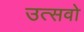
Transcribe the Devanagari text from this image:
उत्सवो